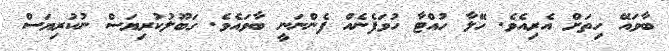
ބާވައޭ ހިތަށް އެރިއެވެ. ހޭލާ ހުއްޓާ ހުވަފެނެއް ފެންނަނީ ބާވައެވެ. ގަބޫލުކުރިޔަސް ނުކުރިޔަސް